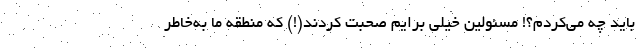
باید چه می‌کردم؟! مسئولین خیلی برایم صحبت کردند(!) که منطقه ما به‌خاطر